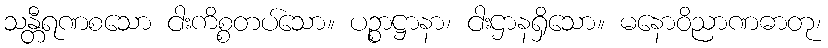
သန္တီရဏစသော ငါးကိစ္စတပ်သော။ ပဉ္စာဋ္ဌာနာ၊ ငါးဌာနရှိသော။ မနောဝိညာဏဓာတု၊